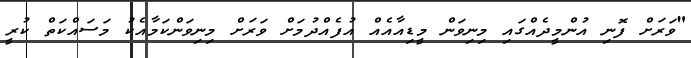
"ވަރަށް ފޮނި އުންމީދެއްގައި މިނިވަން މީޑިއާއެއް އުފެއްދުމަށް ވަރަށް މިނިވަންކަމާއެކު މަސައްކަތް ކުރީ